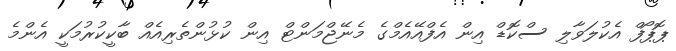
ޕޮޕޯފް އެކުލަވާލި ސްކޮޑް އިން އެފްއޭއެމްގެ މެނޭޖްމަންޓް އިން ކުޅުންތެރިއެއް ބާކީކުރުމަކީ އެންމެ